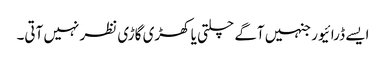
ایسے ڈرائیور جنہیں آگے چلتی یا کھڑی گاڑی نظر نہیں آتی۔